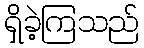
ရှိခဲ့ကြသည်